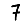
Digit: 7